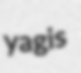
yagis